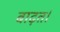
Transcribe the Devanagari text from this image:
बाढ़त।